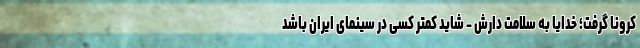
کرونا گرفت؛ خدایا به سلامت دارَش - شاید کمتر کسی در سینمای ایران باشد